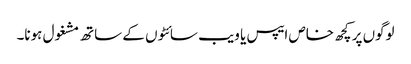
لوگوں پر کچھ خاص ایپس یا ویب سائٹوں کے ساتھ مشغول ہونا۔